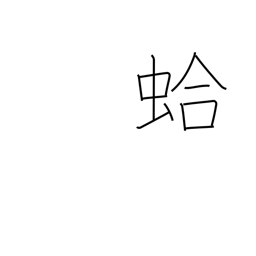
Meaning: clam